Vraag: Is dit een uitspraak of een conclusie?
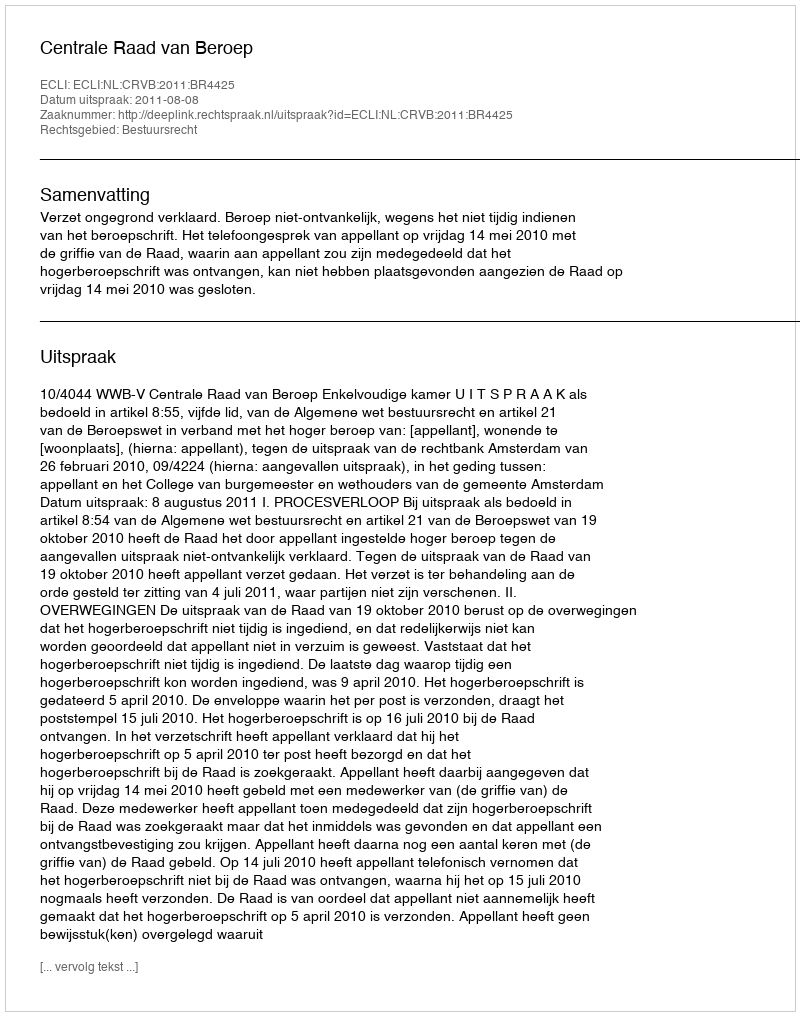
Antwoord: Uitspraak